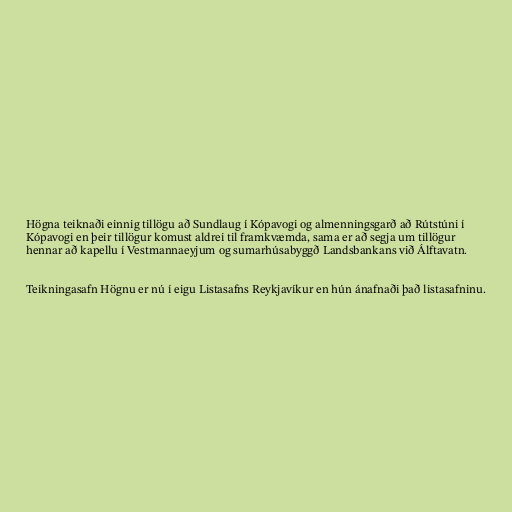
Högna teiknaði einnig tillögu að Sundlaug í Kópavogi og almenningsgarð að Rútstúni í
Kópavogi en þeir tillögur komust aldrei til framkvæmda, sama er að segja um tillögur
hennar að kapellu í Vestmannaeyjum og sumarhúsabyggð Landsbankans við Álftavatn.

Teikningasafn Högnu er nú í eigu Listasafns Reykjavíkur en hún ánafnaði það listasafninu.